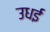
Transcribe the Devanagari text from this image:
उधई